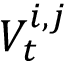
V _ { t } ^ { i , j }